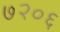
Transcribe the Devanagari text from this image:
७२०६